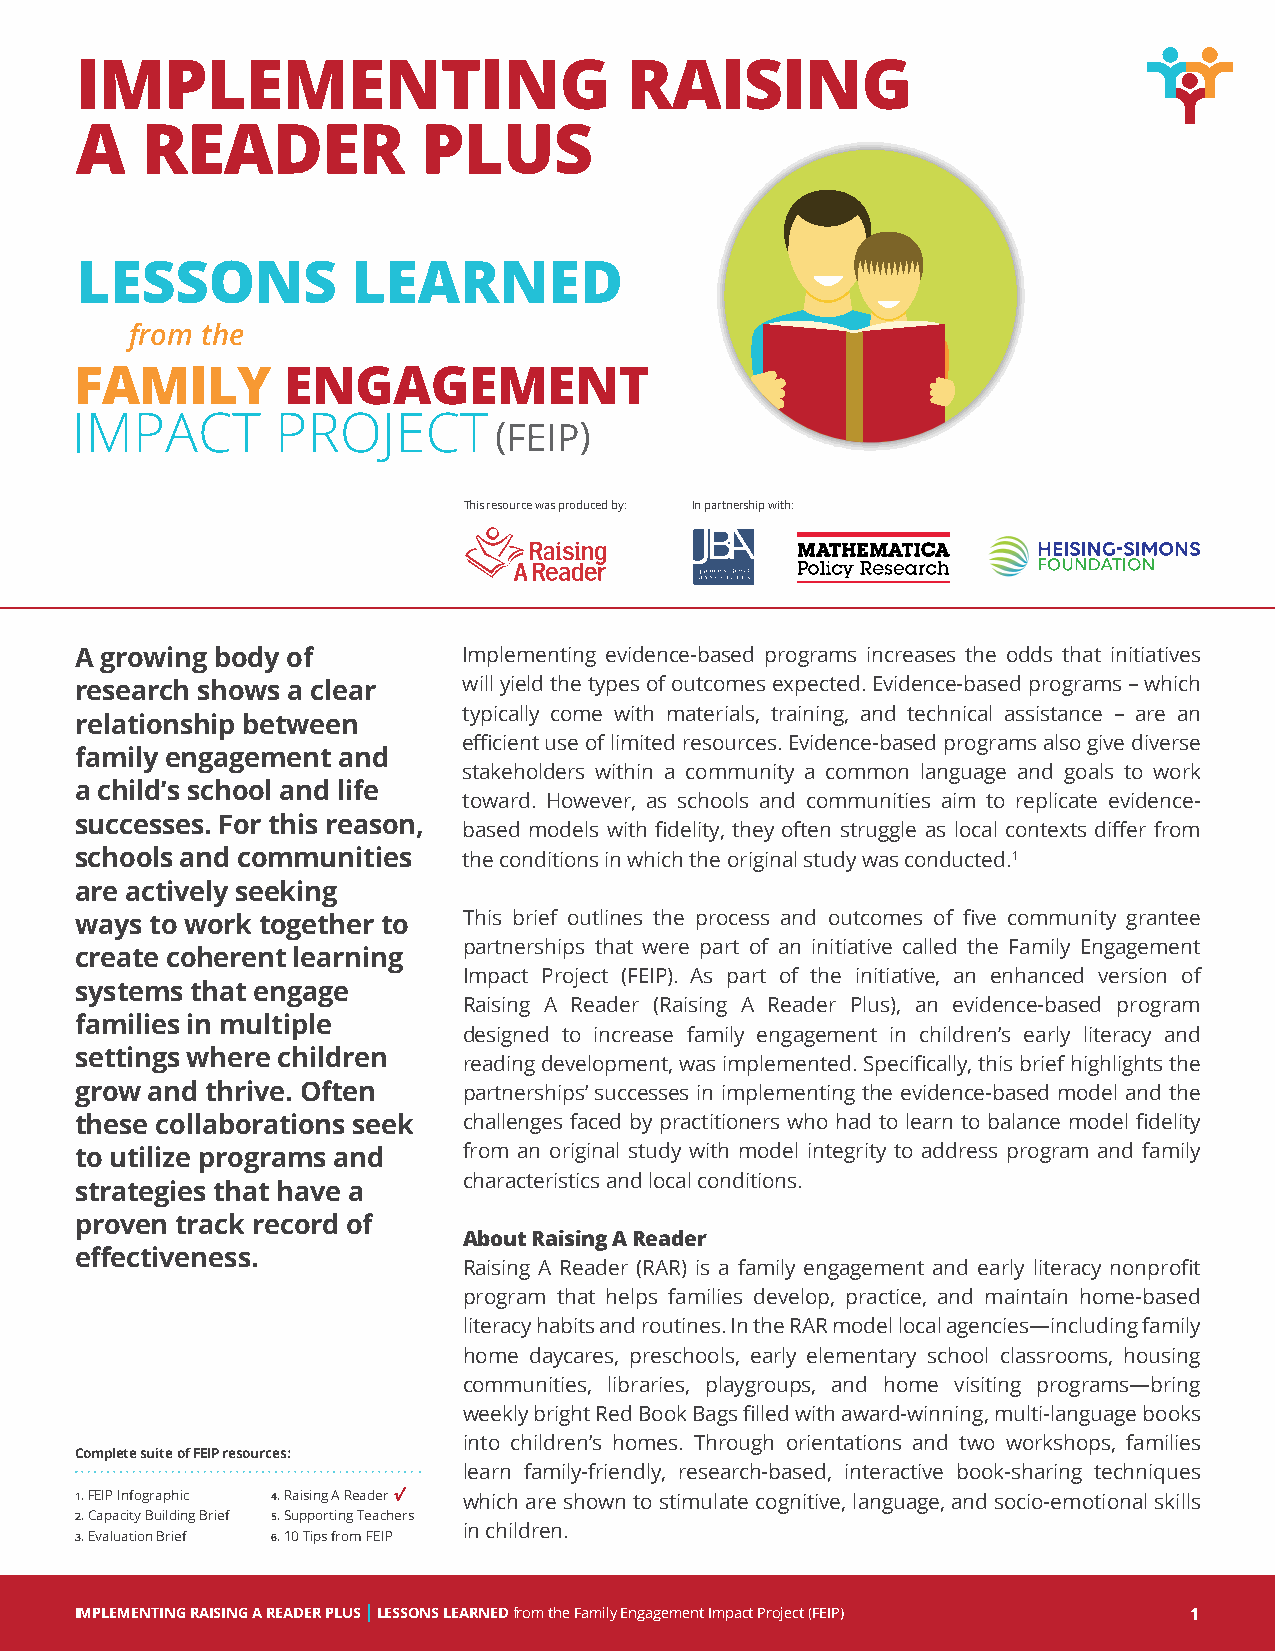
IMPLEMENTING                        RAISING
 A   READER             PLUS
 LESSONS           LEARNED
 from the
 This resource was produced by: In partnership with:
 A growing body of         Implementing evidence-based programs increases the odds that initiatives
 research shows a clear    will yield the types of outcomes expected. Evidence-based programs – which
 typically come with materials, training, and technical assistance – are an
 relationship between
 efficient use of limited resources. Evidence-based programs also give diverse
 family engagement and
 stakeholders within a community a common language and goals to work
 a child’s school and life
 toward. However, as schools and communities aim to replicate evidence-
 successes. For this reason,
 based models with fidelity, they often struggle as local contexts differ from
 schools and communities   the conditions in which the original study was conducted.1
 are actively seeking
 ways to work together to  This brief outlines the process and outcomes of five community grantee
 partnerships that were part of an initiative called the Family Engagement
 create coherent learning
 Impact Project (FEIP). As part of the initiative, an enhanced version of
 systems that engage
 Raising A Reader (Raising A Reader Plus), an evidence-based program
 families in multiple
 designed to increase family engagement in children’s early literacy and
 settings where children
 reading development, was implemented. Specifically, this brief highlights the
 grow and thrive. Often    partnerships’ successes in implementing the evidence-based model and the
 these collaborations seek challenges faced by practitioners who had to learn to balance model fidelity
 to utilize programs and   from an original study with model integrity to address program and family
 characteristics and local conditions.
 strategies that have a
 proven track record of
 About Raising A Reader
 effectiveness.
 Raising A Reader (RAR) is a family engagement and early literacy nonprofit
 program that helps families develop, practice, and maintain home-based
 literacy habits and routines. In the RAR model local agencies―including family
 home daycares, preschools, early elementary school classrooms, housing
 communities, libraries, playgroups, and home visiting programs―bring
 weekly bright Red Book Bags filled with award-winning, multi-language books
 into children’s homes. Through orientations and two workshops, families
 Complete suite of FEIP resources:
 learn family-friendly, research-based, interactive book-sharing techniques
 1. FEIP Infographic 4. Raising A Reader √ which are shown to stimulate cognitive, language, and socio-emotional skills
 2. Capacity Building Brief 5. Supporting Teachers
 in children.
 3. Evaluation Brief 6. 10 Tips from FEIP
 IMPLEMENTING RAISING A READER PLUS | LESSONS LEARNED from the Family Engagement Impact Project (FEIP) 1